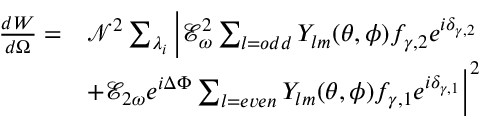
\begin{array} { r l } { \frac { d W } { d \Omega } = } & { \mathcal { N } ^ { 2 } \sum _ { \lambda _ { i } } \bigg | \mathcal { E } _ { \omega } ^ { 2 } \sum _ { l = o d d } Y _ { l m } ( \theta , \phi ) f _ { \gamma , 2 } e ^ { i \delta _ { \gamma , 2 } } } \\ & { + \mathcal { E } _ { 2 \omega } e ^ { i \Delta \Phi } \sum _ { l = e v e n } Y _ { l m } ( \theta , \phi ) f _ { \gamma , 1 } e ^ { i \delta _ { \gamma , 1 } } \bigg | ^ { 2 } } \end{array}